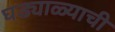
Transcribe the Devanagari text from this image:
घड्याळ्याची